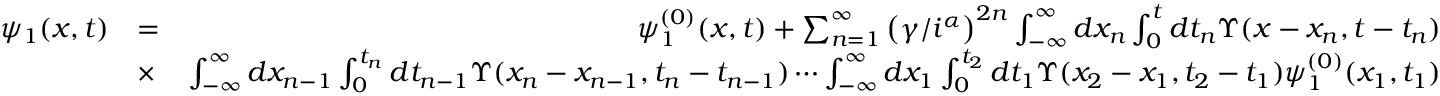
\begin{array} { r l r } { \psi _ { 1 } ( x , t ) } & { = } & { \psi _ { 1 } ^ { ( 0 ) } ( x , t ) + \sum _ { n = 1 } ^ { \infty } \left( \gamma / i ^ { \alpha } \right) ^ { 2 n } \int _ { - \infty } ^ { \infty } d x _ { n } \int _ { 0 } ^ { t } d t _ { n } { \Upsilon } ( x - x _ { n } , t - t _ { n } ) } \\ & { \times } & { \int _ { - \infty } ^ { \infty } d x _ { n - 1 } \int _ { 0 } ^ { t _ { n } } d t _ { n - 1 } { \Upsilon } ( x _ { n } - x _ { n - 1 } , t _ { n } - t _ { n - 1 } ) \cdots \int _ { - \infty } ^ { \infty } d x _ { 1 } \int _ { 0 } ^ { t _ { 2 } } d t _ { 1 } { \Upsilon } ( x _ { 2 } - x _ { 1 } , t _ { 2 } - t _ { 1 } ) \psi _ { 1 } ^ { ( 0 ) } ( x _ { 1 } , t _ { 1 } ) } \end{array}